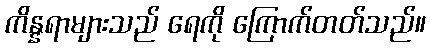
ကိန္နရာများသည် ရေကို ကြောက်တတ်သည်။